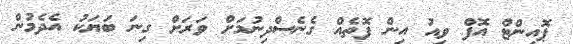
ޕޮއިންޓް އޮފް ވިއު އިން ފޮތެއް ގެނެސްދިނުމަށް ވަރަށް ގިނަ ބަޔަކު އެދެމުން